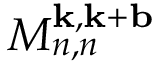
M _ { n , n } ^ { \mathbf { k } , \mathbf { k } + \mathbf { b } }